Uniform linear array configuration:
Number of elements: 24
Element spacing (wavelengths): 1
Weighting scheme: exponential
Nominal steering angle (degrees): -60
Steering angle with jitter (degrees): -58.761
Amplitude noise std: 0.05
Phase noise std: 0.05

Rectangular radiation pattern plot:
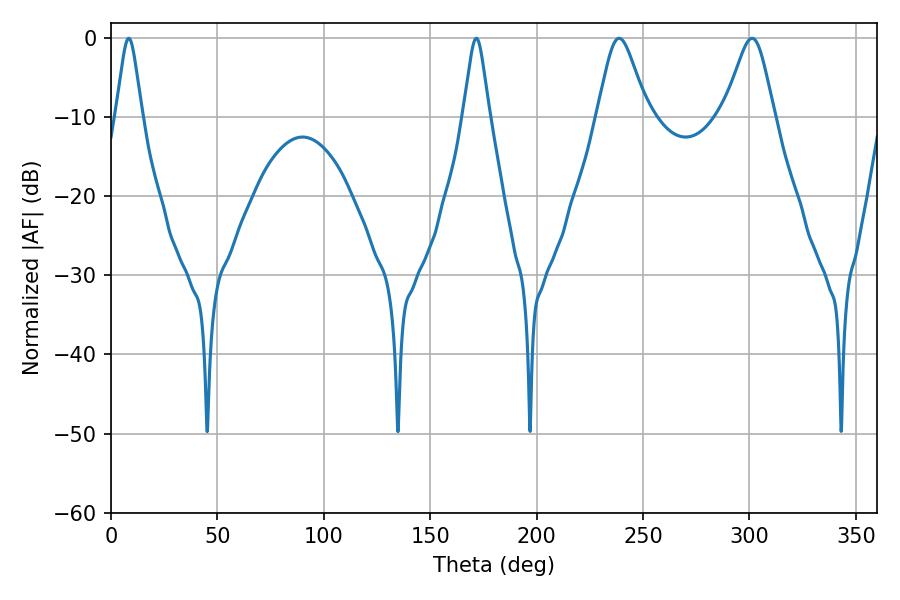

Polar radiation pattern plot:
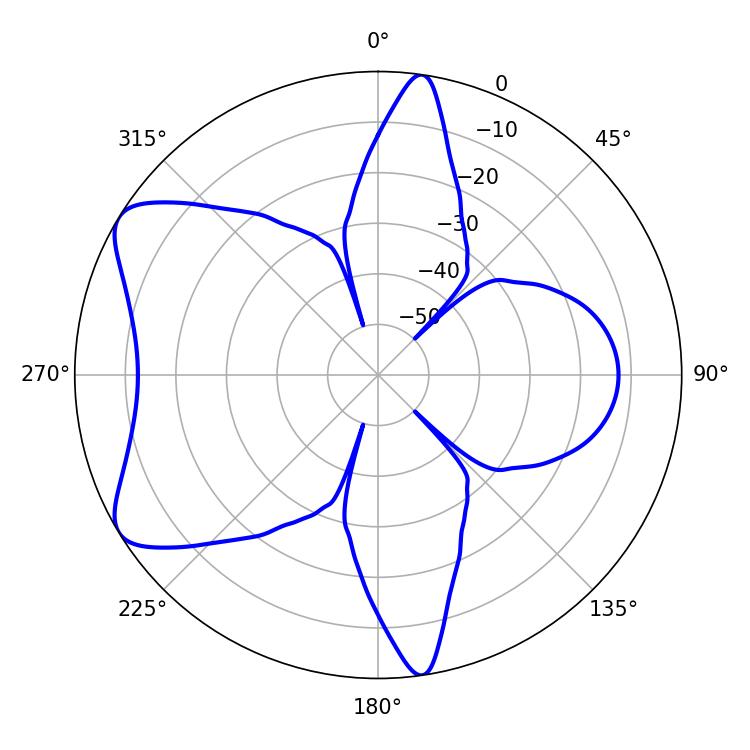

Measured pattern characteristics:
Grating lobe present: TRUE
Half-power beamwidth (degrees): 11.52
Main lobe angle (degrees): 238.68